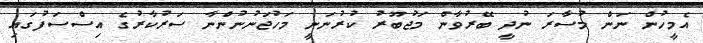
އެމީހުން ނަން މުސާރަ ނުދީ ބޭރުވާން މަޖުބޫރު ކުރުނަނީ މަހުޖަނުނުންނާ ސަރުކާރުގެ އިސްސަފުގައި